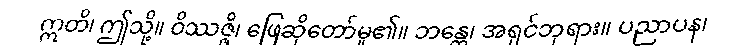
ဣတိ၊ ဤသို့။ ဝိဿဇ္ဇိ၊ ဖြေဆိုတော်မူ၏။ ဘန္တေ၊ အရှင်ဘုရား။ ပညာပန၊